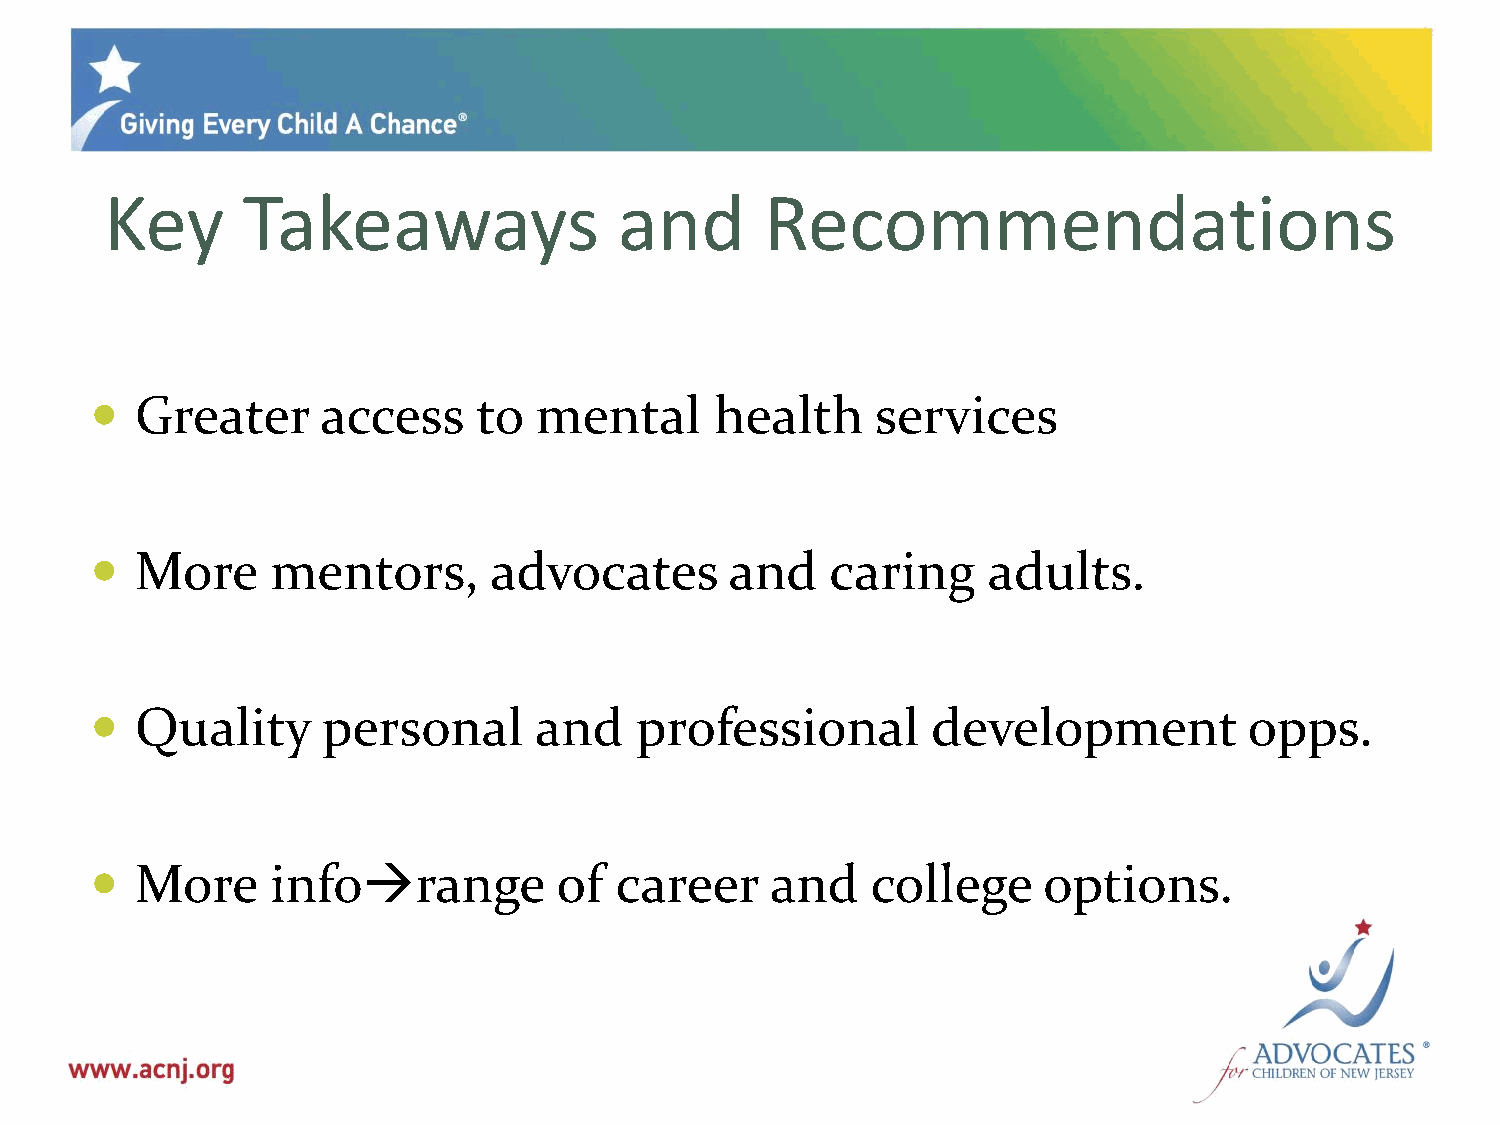
Key      Takeaways                and       Recommendations
   Greater     access     to mental      health     services
   More     mentors,      advocates       and    caring    adults.
   Quality     personal      and    professional        development          opps.
   More     inforange         of  career    and    college    options.